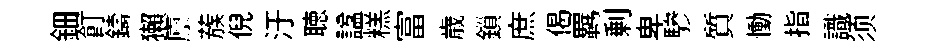
鈿飣鑄獺廪蔟倪汙聴諡糕富歳鎻庶偈羈剰卑驂質慟指識须